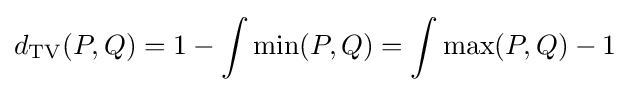
d_{\mathrm {TV} }(P,Q)=1-\int \min(P,Q)=\int \max(P,Q)-1